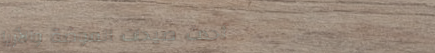
أحدث صيحات الموضة والأزيا